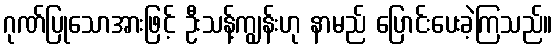
ဂုဏ်ပြုသောအားဖြင့် ဦးသန့်ကျွန်းဟု နာမည် ပြောင်းပေးခဲ့ကြသည်။